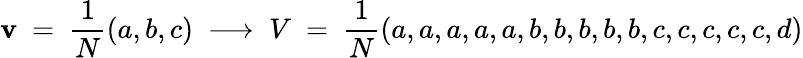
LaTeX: \mathbf{v}\ =\ {\frac{{1}}{{N}}}(a,b,c)\ \longrightarrow\ V\ =\ {\frac{{1}}{{N}}}(a,a,a,a,a,b,b,b,b,b,c,c,c,c,c,d)